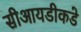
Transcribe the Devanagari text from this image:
सीआयडीकडे